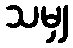
သမျှ